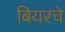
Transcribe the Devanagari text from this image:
बियरचे